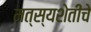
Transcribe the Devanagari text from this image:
मत्स्यशेतीचे